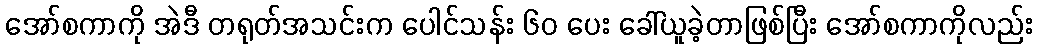
အော်စကာကို အဲဒီ တရုတ်အသင်းက ပေါင်သန်း ၆၀ ပေး ခေါ်ယူခဲ့တာဖြစ်ပြီး အော်စကာကိုလည်း